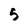
Character: 5